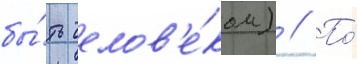
бы́ть челов'е́ком) // По́